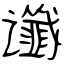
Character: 谶